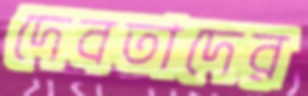
দেবতাদের